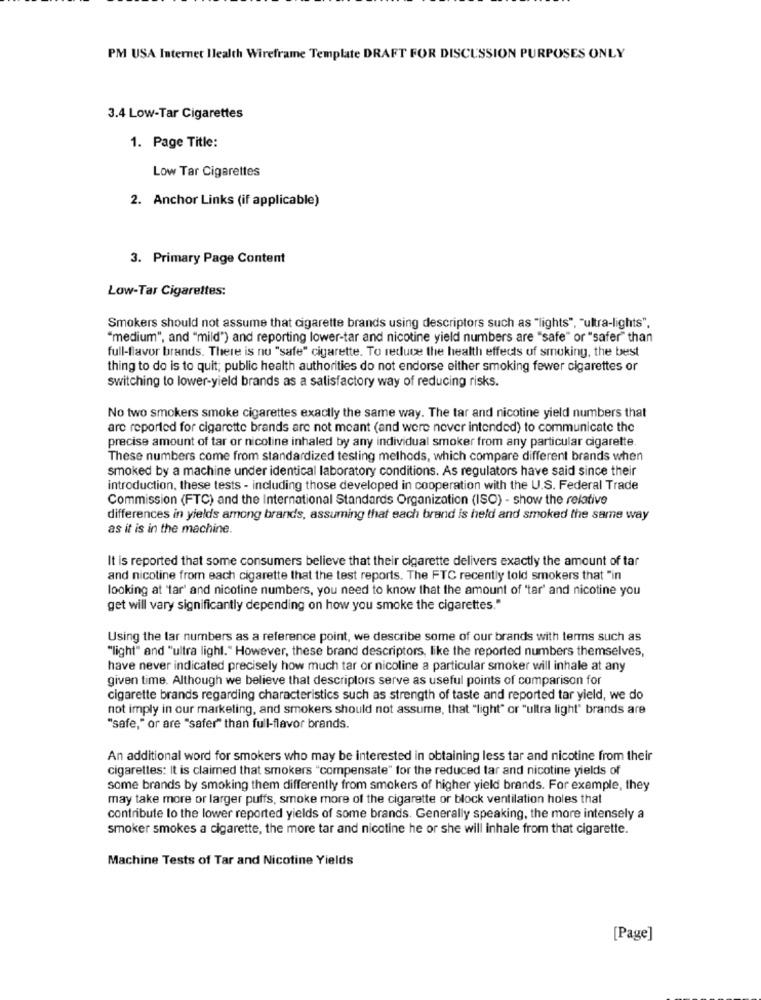
PM USA Internet Ilealth Wireframe Template DRAFT FOR DISCUSSION PURPOSES ONLY
3.4 Low-Tar Cigarettes
1. Page Title:
Low Tar Cigarettes
2. Anchor Links (if applicable)
3. Primary Page Content
Low-Tar Cigarettes:
Smokers should not assume that cigarette brands using descriptors such as "lights", "ultra-lights".
"medium", and "mild") and reporting lower-tar and nicotine yield numbers are "safe" or "safer" than
full-flavor brands. There is no "safe" cigarette. To reduce the health effects of smoking, the best
thing to do is to quit; public health authorities do not endorse either smoking fewer cigarettes or
switching to lower-yield brands as a satisfactory way of reducing risks.
No two smokers smoke cigarettes exactly the same way. The tar and nicotine yield numbers that
are reported for cigarette brands are not meant (and were never intended) to communicate the
precise amount of tar or nicotine inhaled by any individual smoker from any particular cigarette.
These numbers come from standardized testing methods, which compare different brands when
smoked by a machine under identical laboratory conditions. As regulators have said since their
introduction, these tests - including those developed in cooperation with the U.S. Federal Trade
Commission (FTC) and the International Standards Organization (ISO) - show the relative
differences in yields among brands, assuming that each brand is held and smoked the same way
as it is in the machine.
It is reported that some consumers believe that their cigarette delivers exactly the amount of tar
and nicotine from each cigarette that the test reports. The FTC recently told smokers that "in
looking at "lar' and nicotine numbers, you need to know that the amount of "tar' and nicotine you
get will vary significantly depending on how you smoke the cigarettes."
Using the tar numbers as a reference point, we describe some of our brands with terms such as
"light" and "ultra light." However, these brand descriptors, like the reported numbers themselves,
have never indicated precisely how much tar or nicoline a particular smoker will inhale at any
given time. Although we believe that descriptors serve as useful points of comparison for
cigarette brands regarding characteristics such as strength of taste and reported tar yield, we do
not imply in our marketing, and smokers should not assume, that "light" or "ultra light" brands are
"safe," or are "safer" than full-flavor brands.
An additional word for smokers who may be interested in obtaining less tar and nicotine from their
cigarettes: It is claimed that smokers "compensate" for the reduced tar and nicotine yields of
some brands by smoking them differently from smokers of higher yield brands. For example, they
may take more or larger puffs, smoke more of the cigarette or block ventilation holes that
contribute to the lower reported yields of some brands. Generally speaking, the more intensely a
smoker smokes a cigarette, the more tar and nicotine he or she will inhale from that cigarette.
Machine Tests of Tar and Nicotine Yields
[Page]